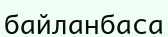
байланбаса